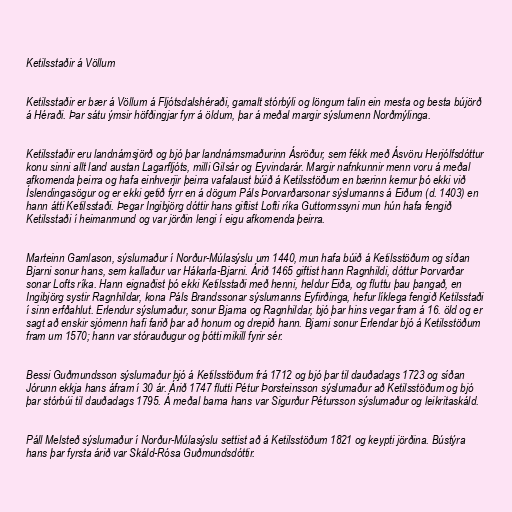
Ketilsstaðir á Völlum

Ketilsstaðir er bær á Völlum á Fljótsdalshéraði, gamalt stórbýli og löngum talin ein mesta og besta bújörð
á Héraði. Þar sátu ýmsir höfðingjar fyrr á öldum, þar á meðal margir sýslumenn Norðmýlinga.

Ketilsstaðir eru landnámsjörð og bjó þar landnámsmaðurinn Ásröður, sem fékk með Ásvöru Herjólfsdóttur
konu sinni allt land austan Lagarfljóts, milli Gilsár og Eyvindarár. Margir nafnkunnir menn voru á meðal
afkomenda þeirra og hafa einhverjir þeirra vafalaust búið á Ketilsstöðum en bærinn kemur þó ekki við
Íslendingasögur og er ekki getið fyrr en á dögum Páls Þorvarðarsonar sýslumanns á Eiðum (d. 1403) en
hann átti Ketilsstaði. Þegar Ingibjörg dóttir hans giftist Lofti ríka Guttormssyni mun hún hafa fengið
Ketilsstaði í heimanmund og var jörðin lengi í eigu afkomenda þeirra.

Marteinn Gamlason, sýslumaður í Norður-Múlasýslu um 1440, mun hafa búið á Ketilsstöðum og síðan
Bjarni sonur hans, sem kallaður var Hákarla-Bjarni. Árið 1465 giftist hann Ragnhildi, dóttur Þorvarðar
sonar Lofts ríka. Hann eignaðist þó ekki Ketilsstaði með henni, heldur Eiða, og fluttu þau þangað, en
Ingibjörg systir Ragnhildar, kona Páls Brandssonar sýslumanns Eyfirðinga, hefur líklega fengið Ketilsstaði
í sinn erfðahlut. Erlendur sýslumaður, sonur Bjarna og Ragnhildar, bjó þar hins vegar fram á 16. öld og er
sagt að enskir sjómenn hafi farið þar að honum og drepið hann. Bjarni sonur Erlendar bjó á Ketilsstöðum
fram um 1570; hann var stórauðugur og þótti mikill fyrir sér.

Bessi Guðmundsson sýslumaður bjó á Ketilsstöðum frá 1712 og bjó þar til dauðadags 1723 og síðan
Jórunn ekkja hans áfram í 30 ár. Árið 1747 flutti Pétur Þorsteinsson sýslumaður að Ketilsstöðum og bjó
þar stórbúi til dauðadags 1795. Á meðal barna hans var Sigurður Pétursson sýslumaður og leikritaskáld.

Páll Melsteð sýslumaður í Norður-Múlasýslu settist að á Ketilsstöðum 1821 og keypti jörðina. Bústýra
hans þar fyrsta árið var Skáld-Rósa Guðmundsdóttir.